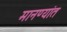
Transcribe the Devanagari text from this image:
मानण्यांत